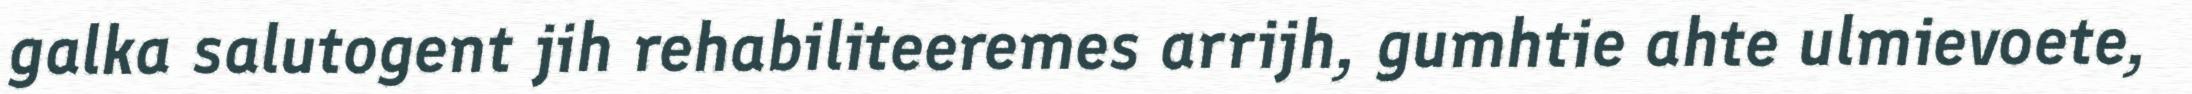
galka salutogent jih rehabiliteeremes arrijh, gumhtie ahte ulmievoete,